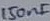
Text: 150nF